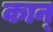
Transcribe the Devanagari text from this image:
कान्‌